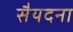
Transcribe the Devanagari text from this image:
सैयदना